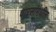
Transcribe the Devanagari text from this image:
वारसांमधील